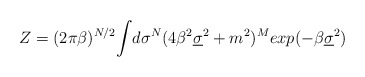
\begin{align*}Z = (2 \pi \beta)^{N/2}{\LARGE\int} d\sigma^N ( 4 \beta^2 \underline{\sigma}^2 + m^2 )^M exp( -\beta \underline{\sigma}^2 )\end{align*}